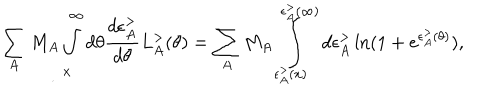
LaTeX: \sum _ { A } M _ { A } \int _ { x } ^ { \infty } d \theta \frac { d \epsilon _ { A } ^ { > } } { d \theta } L _ { A } ^ { > } ( \theta ) = \sum _ { A } M _ { A } \int _ { \epsilon _ { A } ^ { > } ( x ) } ^ { \epsilon _ { A } ^ { > } ( \infty ) } d \epsilon _ { A } ^ { > } \ln ( 1 + e ^ { \epsilon _ { A } ^ { > } ( \theta ) } ) ,